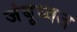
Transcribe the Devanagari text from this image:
जंबूध्वज